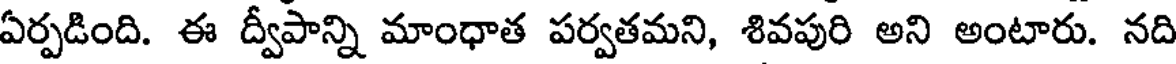
ఏర్పడింది. ఈ ద్వీపాన్ని మాంధాత పర్వతమని, శివపురి అని అంటారు. నది